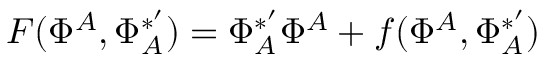
F ( \Phi ^ { A } , \Phi _ { A } ^ { * ^ { \prime } } ) = \Phi _ { A } ^ { * ^ { \prime } } \Phi ^ { A } + f ( \Phi ^ { A } , \Phi _ { A } ^ { * ^ { \prime } } )